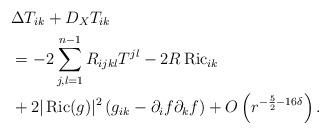
LaTeX: \begin{align*} &\Delta T_{i k}+D_X T_{i k} \\ &=-2 \sum_{j, l=1}^{n-1} R_{i j k l} T^{j l}-2 R \operatorname{Ric}_{i k}\\ &+2|\operatorname{Ric}(g)|^2\left(g_{i k}-\partial_i f \partial_k f\right)+O\left(r^{-\frac{5}{2}-16\delta}\right). \end{align*}